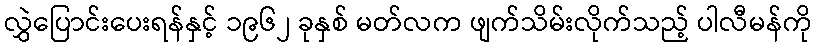
လွှဲပြောင်းပေးရန်နှင့် ၁၉၆၂ ခုနှစ် မတ်လက ဖျက်သိမ်းလိုက်သည့် ပါလီမန်ကို